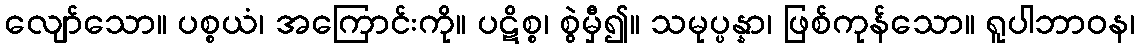
လျော်သော။ ပစ္စယံ၊ အကြောင်းကို။ ပဋိစ္စ၊ စွဲမှီ၍။ သမုပ္ပန္နာ၊ ဖြစ်ကုန်သော။ ရူပါဘာဝန၊